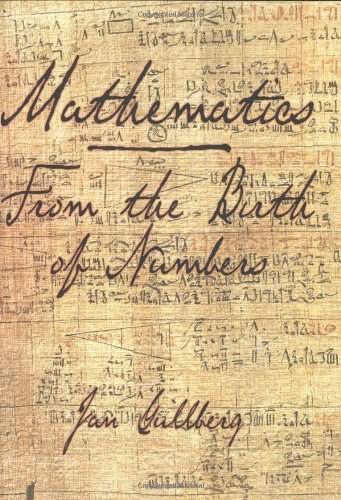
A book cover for Mathematics: From the Birth of Numbers; Jan Gullberg; Science & Math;